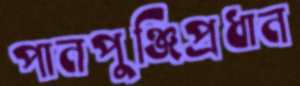
পানপুঞ্জিপ্রধান